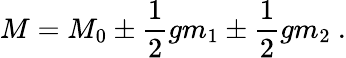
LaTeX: M=M_{0}\pm{\frac{1}{2}}gm_{1}\pm{\frac{1}{2}}gm_{2}\ .